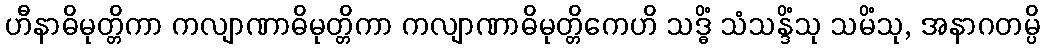
ဟီနာဓိမုတ္တိကာ ကလျာဏာဓိမုတ္တိကာ ကလျာဏာဓိမုတ္တိကေဟိ သဒ္ဓိံ သံသန္ဒိံသု သမိံသု, အနာဂတမ္ပိ